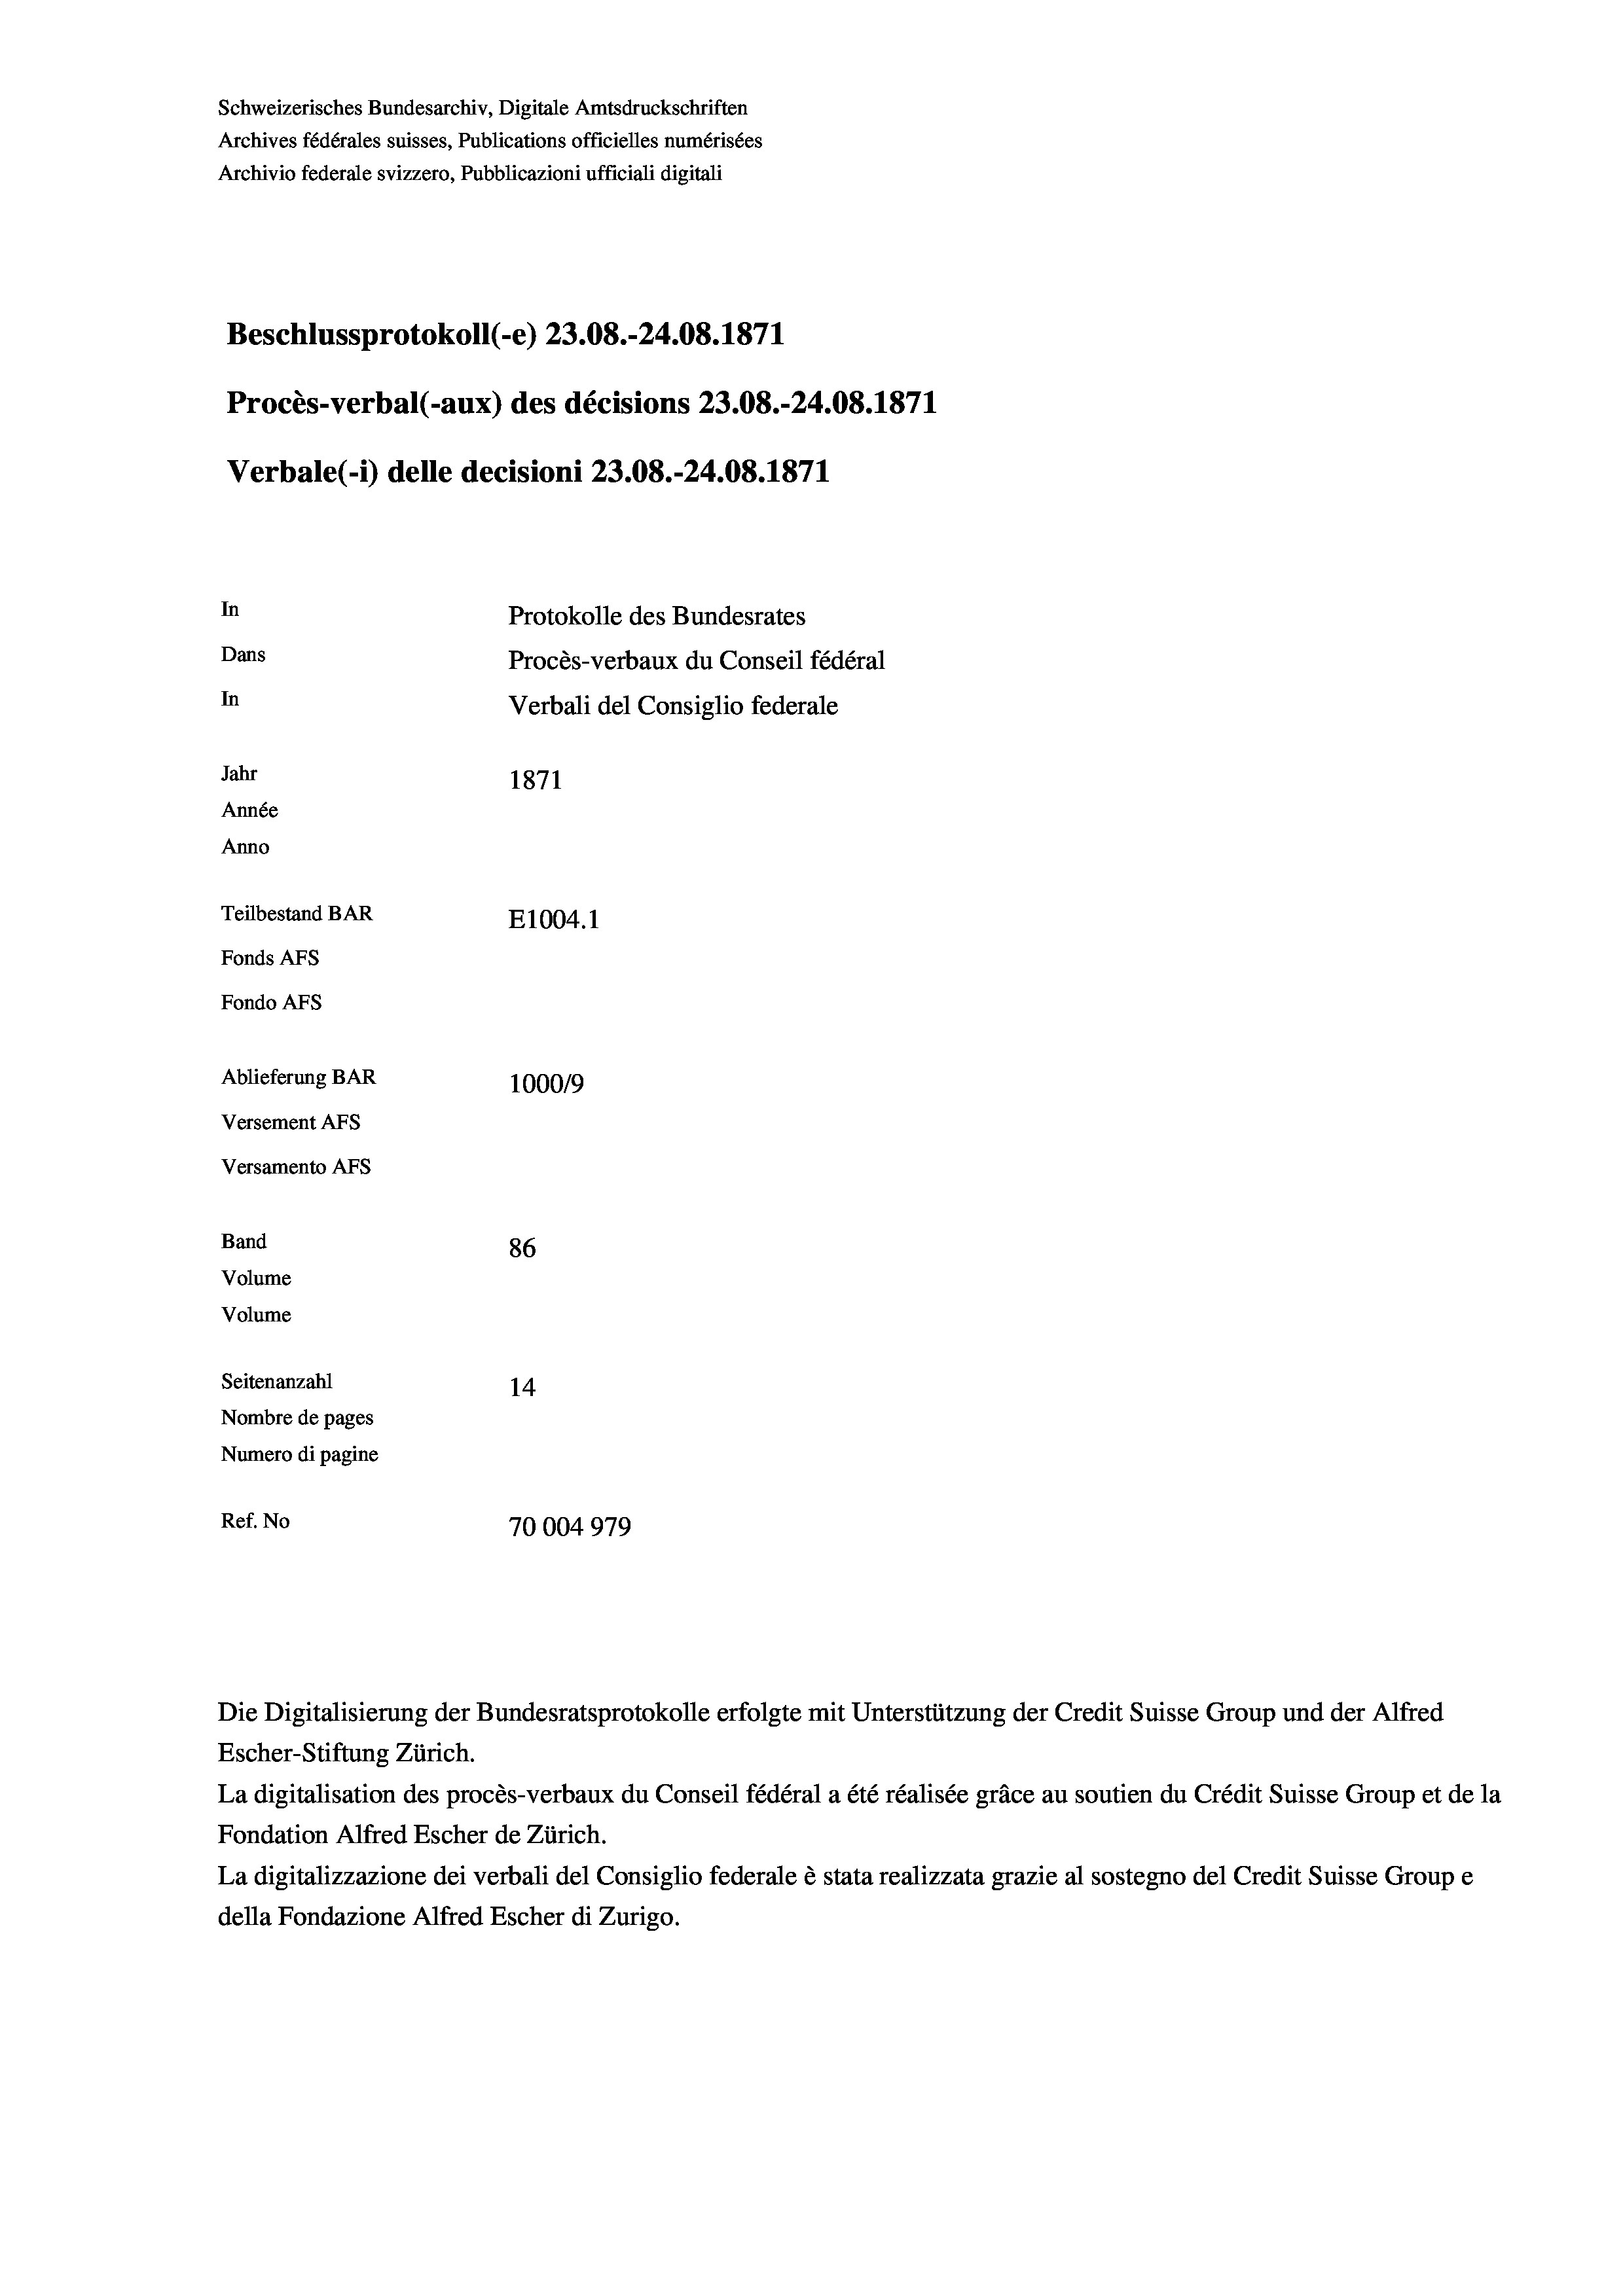
Schweizerisches Bundesarchiv, Digitale Amtsdruckschriften
Archives fédérales suisses, Publications officielles numérisées
Archivio federale svizzero, Pubblicazioni ufficiali digitali
Beschlussprotokoll (-e) 23.08.-24.08. 1871
Procès-verbal (-aux) des décisions 23.08.-24.08. 1871
Verbale (- 1) delle decisioni 23.08.-24.08. 1871
In
Protokolle des Bundesrates
Dans
Procès-verbaux du Conseil fédéral
In
Verbali del Consiglio federale
Jahr
1871
Année
Anno
Teilbestand BAR
E1004. 1
Fonds AFs
Fondo Afs
Ablieferung BAR
100019
Versement AFs
Versamento AFs
Band
86
Volume
Volume
Seitenanzahl
14
Nombre de pages
Numero di pagine
Ref. No
70004979

Escher-Stiftung Zürich.
La digitalisation des procès-verbaux du Conseil fédéral a été réalisée gräce au soutien du Crédit Suisse Group et de la
Fondation Alfred Escher de Zürich.
La digitalizzazione dei verbali del Consiglio federale è stata realizzata grazie al sostegno del Credit Suisse Groupe
della Fondazione Alfred Escher di Zurigo.

Die Digitalisierung der Bundesratsprotokolle erfolgte mit Unterstützung der Credit Suisse Group und der Alfred